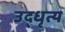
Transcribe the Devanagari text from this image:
उद्धृत्य